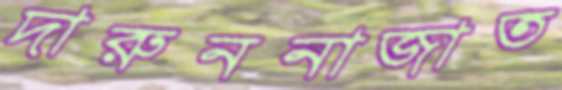
দারুননাজাত